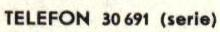
TELEFON 30 691 (serie)